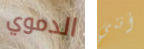
الدموي أنني